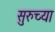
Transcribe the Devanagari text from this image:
सुरुच्या